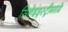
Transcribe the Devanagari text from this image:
सिनेइंड्रस्ट्रीमध्ये